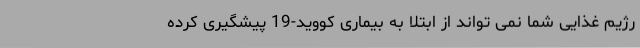
رژیم غذایی شما نمی تواند از ابتلا به بیماری کووید-19 پیشگیری کرده